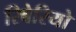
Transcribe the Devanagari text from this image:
रिबेरियो